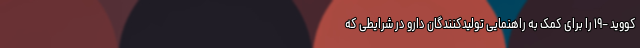
کووید –۱۹ را برای کمک به راهنمایی تولیدکنندگان دارو در شرایطی که